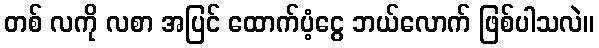
တစ် လကို လစာ အပြင် ထောက်ပံ့ငွေ ဘယ်လောက် ဖြစ်ပါသလဲ။